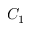
C _ { 1 }